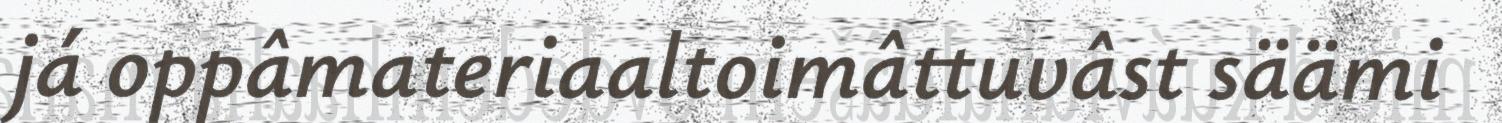
já oppâmateriaaltoimâttuvâst säämi